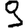
Digit: 9